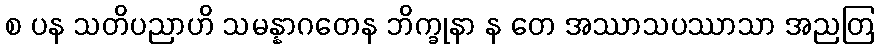
စ ပန သတိပညာဟိ သမန္နာဂတေန ဘိက္ခုနာ န တေ အဿာသပဿာသာ အညတြ